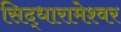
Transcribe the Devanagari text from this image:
सिद्धारामेश्वर